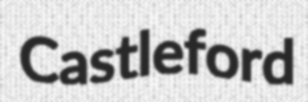
Castleford